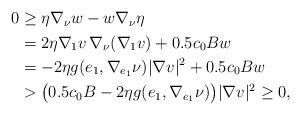
LaTeX: \begin{align*}\begin{aligned}0 & \geq \eta \nabla_{\nu} w - w \nabla_{\nu} \eta\\& = 2\eta \nabla_1 v \, \nabla_{\nu}(\nabla_1 v) + 0.5 c_0 Bw\\& = - 2\eta g(e_1, \nabla_{e_1} \nu) |\nabla v|^2 + 0.5 c_0 Bw\\& > \big(0.5 c_0 B - 2\eta g(e_1, \nabla_{e_1} \nu) \big)|\nabla v|^2 \geq 0,\end{aligned}\end{align*}